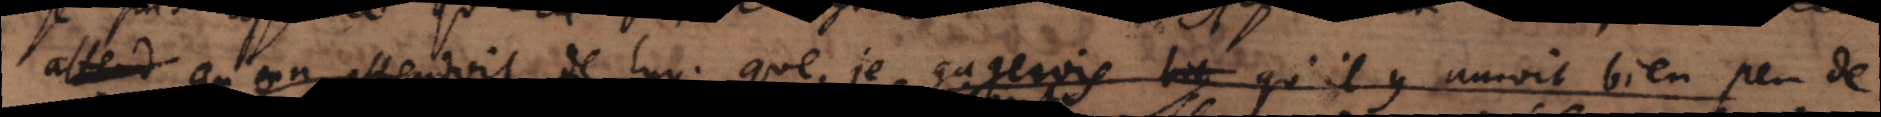
attend qu’on attendois de luy que je _ qu’il y aurroit bien peu de